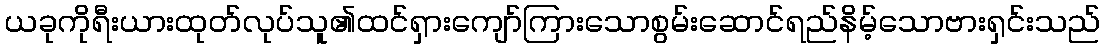
ယခုကိုရီးယားထုတ်လုပ်သူ၏ထင်ရှားကျော်ကြားသောစွမ်းဆောင်ရည်နိမ့်သောဗားရှင်းသည်